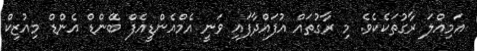
އަމިއްލަ ރާގުތަކެކެވެ. މި ރާގުތައް އުފައްދާފައި ވަނީ އެމްއެންޑީއެފް ބޭންޑް އެންޑް މިއުޒިކް